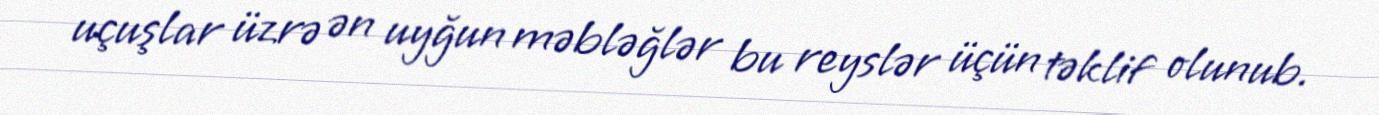
uçuşlar üzrə ən uyğun məbləğlər bu reyslər üçün təklif olunub.